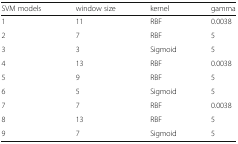
| SVM models | window size | kernel | gamma |
 | --- | --- | --- | --- |
 | 1 | 11 | RBF | 0.0038 |
 | 2 | 7 | RBF | 5 |
 | 3 | 3 | Sigmoid | 5 |
 | 4 | 13 | RBF | 0.0038 |
 | 5 | 9 | RBF | 5 |
 | 6 | 5 | Sigmoid | 5 |
 | 7 | 7 | RBF | 0.0038 |
 | 8 | 13 | RBF | 5 |
 | 9 | 7 | Sigmoid | 5 |